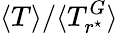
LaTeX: \langle T\rangle/\langle T_{r^{\star}}^{G}\rangle